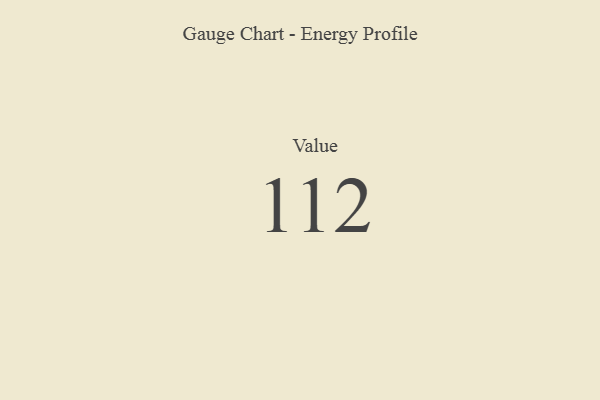
{"axis": {"x": "Metric", "y": "Value"}, "legend": [""], "data": [{"x": "Value", "y": 112, "type": ""}]}